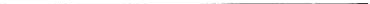
___